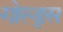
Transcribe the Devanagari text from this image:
गोल्ड्स